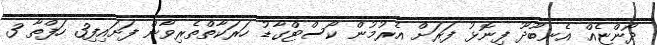
ދޯންޏެއް އެނބޫދޫ ފިނޮޅު ފަރަށް އެރުމުން ކޯސްޓްގާޑު ހަރަކާތްތެރިވާން ފަށައިފި3 ހަފްތާ 3